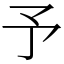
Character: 予